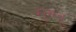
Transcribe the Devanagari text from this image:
खुसबू